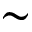
\sim